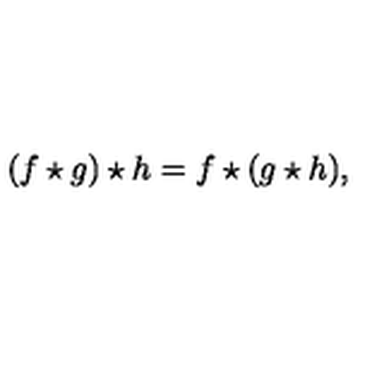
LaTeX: ( f \star g ) \star h = f \star ( g \star h ) ,